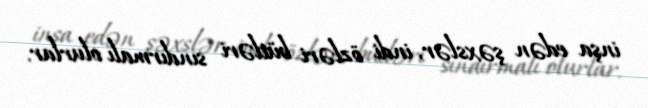
inşa edən şəxslər, indi özləri bütləri sındırmalı olurlar.